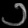
Digit: ၁